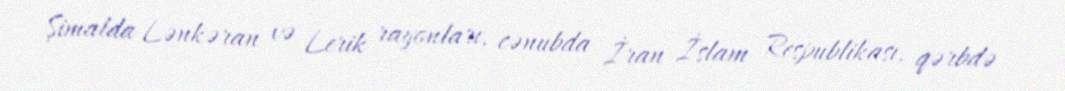
Şimalda Lənkəran və Lerik rayonları, cənubda İran İslam Respublikası, qərbdə